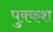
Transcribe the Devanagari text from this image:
पुक्कश